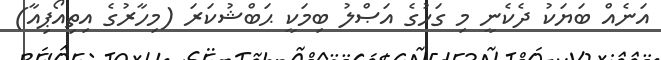
އަނެއް ބަޔަކު ދެކެނީ މި ގަހުގެ އަޞްލު ބިމަކީ ޙަބްޝުކަރަ (މިހާރުގެ އިތިއޯޕިއާ)